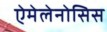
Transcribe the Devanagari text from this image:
ऐमेलेनोसिस